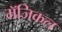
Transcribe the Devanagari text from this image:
मॅजिकल